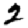
Digit: 2